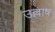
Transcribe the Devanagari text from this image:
उल्लाष